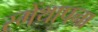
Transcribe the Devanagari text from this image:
स्मेंथापना